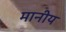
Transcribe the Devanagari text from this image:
मानीय